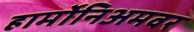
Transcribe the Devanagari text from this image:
हार्मोनिअमवर